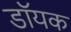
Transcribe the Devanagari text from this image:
डॉयक